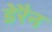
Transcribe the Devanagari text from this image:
डेरैन